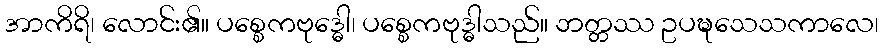
အာကိရိ၊ လောင်း၏။ ပစ္စေကဗုဒ္ဓေါ၊ ပစ္စေကဗုဒ္ဓါသည်။ ဘတ္တဿ ဥပဍ္ဎသေသကာလေ၊